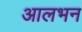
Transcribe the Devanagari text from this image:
आलभन